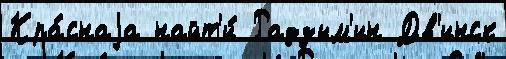
Кра́снаjа найт'и́ Радзым'ин Дв'инск